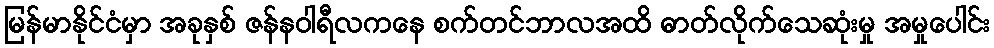
မြန်မာနိုင်ငံမှာ အခုနှစ် ဇန်နဝါရီလကနေ စက်တင်ဘာလအထိ ဓာတ်လိုက်သေဆုံးမှု အမှုပေါင်း